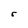
Character: r